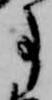
事